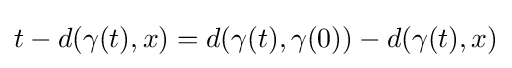
t-d(\gamma (t),x)=d(\gamma (t),\gamma (0))-d(\gamma (t),x)